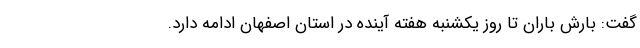
گفت: بارش باران تا روز یکشنبه هفته آینده در استان اصفهان ادامه دارد.